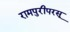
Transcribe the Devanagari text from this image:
रामपुरीपरसू